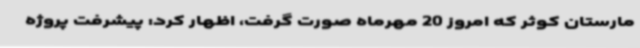
مارستان کوثر که امروز 20 مهرماه صورت گرفت، اظهار کرد: پیشرفت پروژه